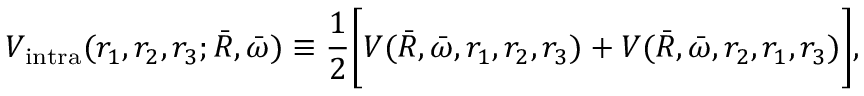
V _ { \mathrm { i n t r a } } ( r _ { 1 } , r _ { 2 } , r _ { 3 } ; \bar { R } , \bar { \omega } ) \equiv { \frac { 1 } { 2 } } \bigg [ V ( \bar { R } , \bar { \omega } , r _ { 1 } , r _ { 2 } , r _ { 3 } ) + V ( \bar { R } , \bar { \omega } , r _ { 2 } , r _ { 1 } , r _ { 3 } ) \bigg ] ,